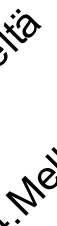
M ä